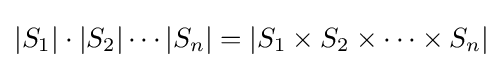
|S_{1}|\cdot |S_{2}|\cdots |S_{n}|=|S_{1}\times S_{2}\times \cdots \times S_{n}|